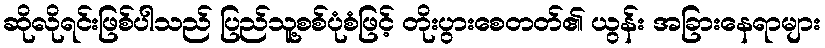
ဆိုလိုရင်းဖြစ်ပါသည် ပြည်သူ့စစ်ပုံစံဖြင့် တိုးပွားစေတတ်၏ ယွန်း အခြားနေရာများ